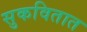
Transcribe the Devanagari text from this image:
सुकवितात